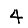
Digit: 4